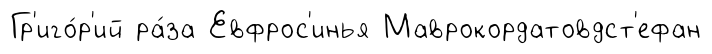
Гр'иго́р'ий ра́за Евфрос'инья Маврокордатовдст'ефан